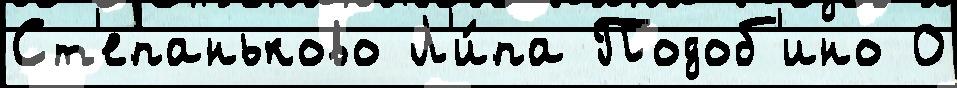
Ст'епаньково Л'и́па Подоб'ино 0